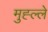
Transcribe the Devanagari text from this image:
मुह्ल्ले